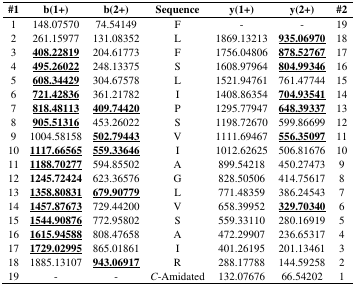
<table><thead><tr><td><b>#1</b></td><td><b>b(1+)</b></td><td><b>b(2+)</b></td><td><b>Sequence</b></td><td><b>y(1+)</b></td><td><b>y(2+)</b></td><td><b>#2</b></td></tr></thead><tbody><tr><td>1</td><td>148.07570</td><td>74.54149</td><td>F</td><td>-</td><td>-</td><td>19</td></tr><tr><td>2</td><td>261.15977</td><td>131.08352</td><td>L</td><td>1869.13213</td><td><underline><b>935.06970</b></underline></td><td>18</td></tr><tr><td>3</td><td><underline><b>408.22819</b></underline></td><td>204.61773</td><td>F</td><td>1756.04806</td><td><underline><b>878.52767</b></underline></td><td>17</td></tr><tr><td>4</td><td><underline><b>495.26022</b></underline></td><td>248.13375</td><td>S</td><td>1608.97964</td><td><underline><b>804.99346</b></underline></td><td>16</td></tr><tr><td>5</td><td><underline><b>608.34429</b></underline></td><td>304.67578</td><td>L</td><td>1521.94761</td><td>761.47744</td><td>15</td></tr><tr><td>6</td><td><underline><b>721.42836</b></underline></td><td>361.21782</td><td>I</td><td>1408.86354</td><td><underline><b>704.93541</b></underline></td><td>14</td></tr><tr><td>7</td><td><underline><b>818.48113</b></underline></td><td><underline><b>409.74420</b></underline></td><td>P</td><td>1295.77947</td><td><underline><b>648.39337</b></underline></td><td>13</td></tr><tr><td>8</td><td><underline><b>905.51316</b></underline></td><td>453.26022</td><td>S</td><td>1198.72670</td><td>599.86699</td><td>12</td></tr><tr><td>9</td><td>1004.58158</td><td><underline><b>502.79443</b></underline></td><td>V</td><td>1111.69467</td><td><underline><b>556.35097</b></underline></td><td>11</td></tr><tr><td>10</td><td><underline><b>1117.66565</b></underline></td><td><underline><b>559.33646</b></underline></td><td>I</td><td>1012.62625</td><td>506.81676</td><td>10</td></tr><tr><td>11</td><td><underline><b>1188.70277</b></underline></td><td>594.85502</td><td>A</td><td>899.54218</td><td>450.27473</td><td>9</td></tr><tr><td>12</td><td><b>1245.72424</b></td><td>623.36576</td><td>G</td><td>828.50506</td><td>414.75617</td><td>8</td></tr><tr><td>13</td><td><underline><b>1358.80831</b></underline></td><td><underline><b>679.90779</b></underline></td><td>L</td><td>771.48359</td><td>386.24543</td><td>7</td></tr><tr><td>14</td><td><underline><b>1457.87673</b></underline></td><td>729.44200</td><td>V</td><td>658.39952</td><td><underline><b>329.70340</b></underline></td><td>6</td></tr><tr><td>15</td><td><underline><b>1544.90876</b></underline></td><td>772.95802</td><td>S</td><td>559.33110</td><td>280.16919</td><td>5</td></tr><tr><td>16</td><td><underline><b>1615.94588</b></underline></td><td>808.47658</td><td>A</td><td>472.29907</td><td>236.65317</td><td>4</td></tr><tr><td>17</td><td><underline><b>1729.02995</b></underline></td><td>865.01861</td><td>I</td><td>401.26195</td><td>201.13461</td><td>3</td></tr><tr><td>18</td><td>1885.13107</td><td><underline><b>943.06917</b></underline></td><td>R</td><td>288.17788</td><td>144.59258</td><td>2</td></tr><tr><td>19</td><td>-</td><td>-</td><td><i>C</i>-Amidated</td><td>132.07676</td><td>66.54202</td><td>1</td></tr></tbody></table>